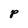
Character: P